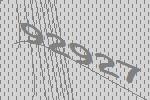
92927